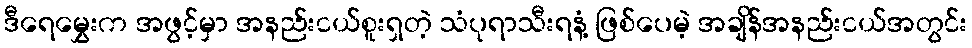
ဒီရေမွှေးက အဖွင့်မှာ အနည်းငယ်စူးရှတဲ့ သံပုရာသီးရနံ့ ဖြစ်ပေမဲ့ အချိန်အနည်းငယ်အတွင်း